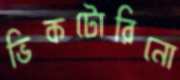
ভিকটোরিনো